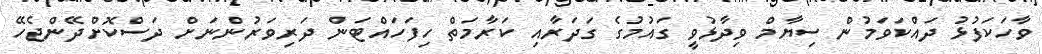
ވާހަކަފުޅު ދައްކަވަމުން ސިޔާމް ވިދާޅުވީ ގައުމުގެ ގަދަރާއި ކަރާމަތް ހިފަހައްޓަން ދަރިވަރުންނަށް ދަސްކޮށްދޭންޖެހޭ